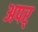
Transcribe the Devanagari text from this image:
अपर्